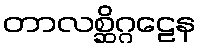
တာလစ္ဆိဂ္ဂဠေန